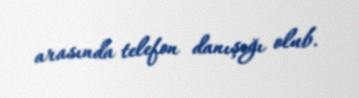
arasında telefon danışığı olub.